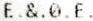
E.&.0.E.